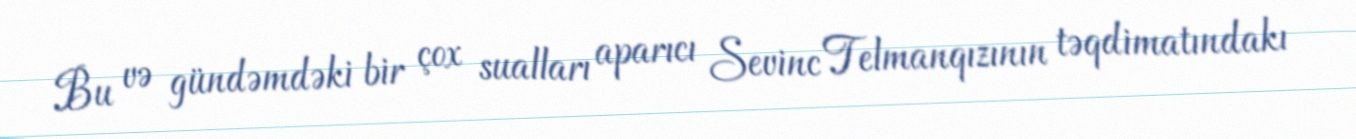
Bu və gündəmdəki bir çox sualları aparıcı Sevinc Telmanqızının təqdimatındakı